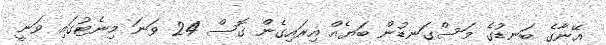
އޭނާގެ ބަނޑުގެ މަސްގަނޑުން ބަޔެއް އިރައިގެން ގޮސް 24 ވަނަ މިނެޓުގައި ވަނީ